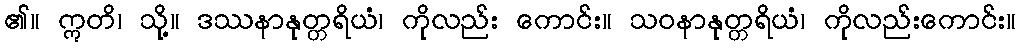
၏။ ဣတိ၊ သို့။ ဒဿနာနုတ္တရိယံ၊ ကိုလည်း ကောင်း။ သဝနာနုတ္တရိယံ၊ ကိုလည်းကောင်း။